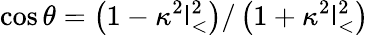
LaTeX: \cos\theta=\left(1-\kappa^{2}\mathsf{l}_{<}^{2}\right)/\left(1+\kappa^{2}\mathsf{l}_{<}^{2}\right)